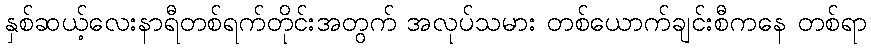
နှစ်ဆယ့်လေးနာရီတစ်ရက်တိုင်းအတွက် အလုပ်သမား တစ်ယောက်ချင်းစီကနေ တစ်ရာ